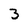
Character: 3